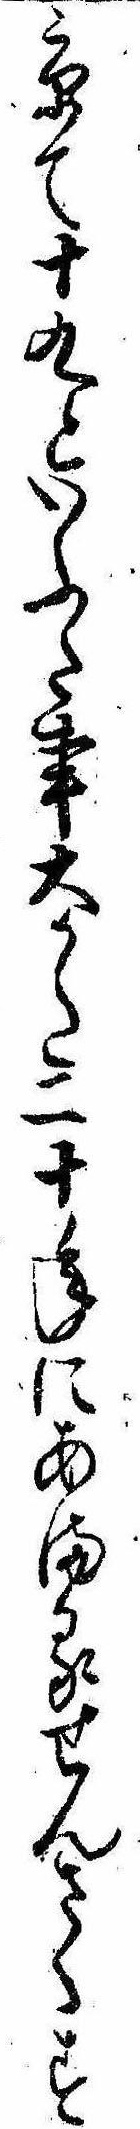
京て十九といふた事大かた二十年にあまるせんさくす